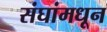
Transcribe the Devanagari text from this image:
संघांमधून